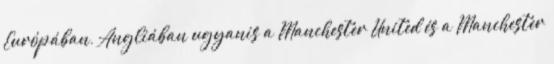
Európában, Angliában ugyanis a Manchester United és a Manchester